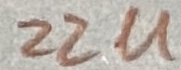
Text: 22u